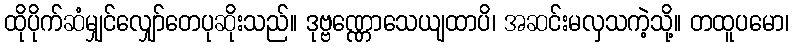
ထိုပိုက်ဆံမျှင်လျှော်တေပုဆိုးသည်။ ဒုဗ္ဗဏ္ဏောသေယျထာပိ၊ အဆင်းမလှသကဲ့သို့။ တထူပမော၊